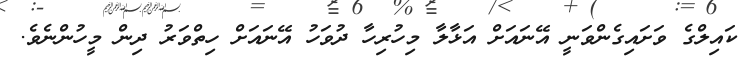
ކައިލްގެ ވަށައިގެންވަނީ އޭނައަށް އަޅާލާ މިހުރިހާ ދުވަހު އޭނައަށް ހިތްވަރު ދިން މީހުންނެވެ.